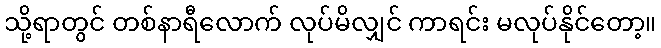
သို့ရာတွင် တစ်နာရီလောက် လုပ်မိလျှင် ကာရင်း မလုပ်နိုင်တော့။